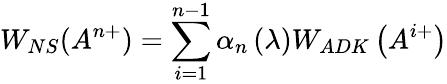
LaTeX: W_{NS}(A^{n+})=\sum_{i=1}^{n-1}\alpha_{n}\left(\lambda\right)W_{ADK}\left(A^{i+}\right)